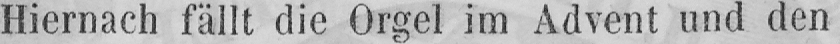
Hiernach fällt die Orgel im Advent und den